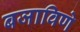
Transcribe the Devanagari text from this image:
बजाविणे